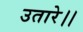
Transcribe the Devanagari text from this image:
उतारे।।